Lunatic asylums United Provinces 1909-1921 - 1909-1921
Year: 1909
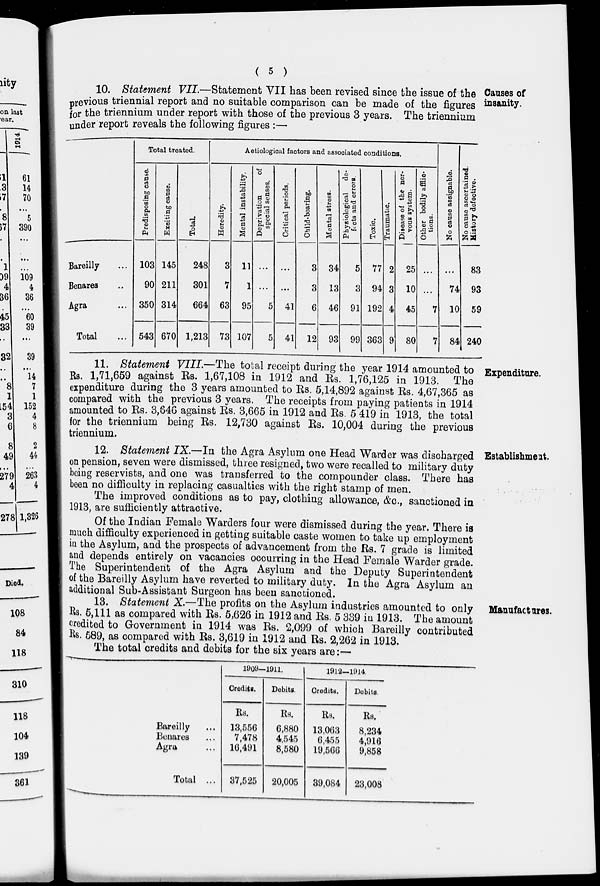
( 5 )
Causes of
insanity.
10. Statement VII.—Statement VII has been revised since the issue of the
previous triennial report and no suitable comparison can be made of the figures
for the triennium under report with those of the previous 3 years. The triennium
under report reveals the following figures :—
Bareilly ...
Benares ...
Agra ...
Total ...
Total treated.
Predisposing cause.
103
90
350
543
Exciting cause.
145
211
314
670
Total.
248
301
664
1,213
Aetiological factors and associated conditions.
Heredity.
3
7
63
73
Mental instability.
11
1
95
107
Deprivation
of
special senses.
...
...
5
5
Critical periods.
...
...
41
41
Child-bearing.
3
3
6
12
Mental stress.
34
13
46
93
Physiological de-
f ect s and errors.
5
3
91
99
Toxic.
Traumatic.
77
94
192
363
2
3
4
9
Disease of the ner-
vous system.
25
10
45
80
Other bodily afflic-
tions.
...
...
7
7
No cause assignable.
...
74
10
84
No cause ascertained.
History defective.
83
93
59
240
Expenditure.
11. Statement VIII.—The total receipt during the year 1914 amounted to
Rs. 1,71,659 against Rs. 1,67,108 in 1912 and Rs. 1,76,125 in 1913. The
expenditure during the 3 years amounted to Rs. 5,14,892 against Rs. 4,67,365 as
compared with the previous 3 years. The receipts from paying patients in 1914
amounted to Rs. 3,646 against Rs. 3,665 in 1912 and Rs. 5 419 in 1913, the total
for the triennium being Rs. 12,730 against Rs. 10,004 during the previous
triennium.
Establishment.
12. Statement IX.—In the Agra Asylum one Head Warder was discharged
on pension, seven were dismissed, three resigned, two were recalled to military duty
being reservists, and one was transferred to the compounder class. There has
been no difficulty in replacing casualties with the right stamp of men.
The improved conditions as to pay, clothing allowance, &c., sanctioned in
1913, are sufficiently attractive.
Of the Indian Female Warders four were dismissed during the year. There is
much difficulty experienced in getting suitable caste women to take up employment
in the Asylum, and the prospects of advancement from the Rs. 7 grade is limited
and depends entirely on vacancies occurring in the Head Female Warder grade.
The Superintendent of the Agra Asylum and the Deputy Superintendent
of the Bareilly Asylum have reverted to military duty. In the Agra Asylum an
additional Sub-Assistant Surgeon has been sanctioned.
Manufactures.
13. Statement X.—The profits on the Asylum industries amounted to only
Rs. 5,111 as compared with Rs. 5,626 in 1912 and Rs. 5 339 in 1913. The amount
credited to Government in 1914 was Rs. 2,099 of which Bareilly contributed
Rs. 589, as compared with Rs. 3,619 in 1912 and Rs. 2,262 in 1913.
The total credits and debits for the six years are:—
Bareilly ...
Benares ...
Agra ...
Total ...
1909—1911.
Credits.
Rs.
13,556
7,478
16,491
37,525
Debits.
Rs.
6,880
4,545
8,580
20,005
1912—1914.
Credits.
Rs.
13,063
6,455
19,566
39,084
Debits.
Rs.
8,234
4,916
9,858
23,008